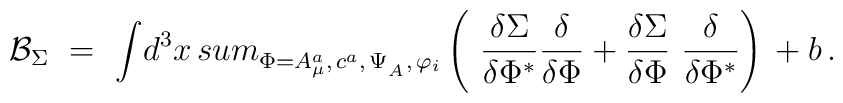
{\cal B}_{\Sigma }\,\,=\,\,\displaystyle{\int} {d}^3x\, \displaystyle{\\sum_{\Phi =A_\mu^a,\,c^a,\,\Psi_{_A},\,\varphi_i}^{}} \left( {\displaystyle{\ \frac{\delta\Sigma }{\delta \Phi^{*}}}}{\displaystyle{\frac{\delta}{\delta\Phi }}} + {\displaystyle{\frac{\delta\Sigma }{\delta \Phi}}}{\displaystyle{\ \frac{\delta}{\delta \Phi^*}}}\right) \, + b\,.